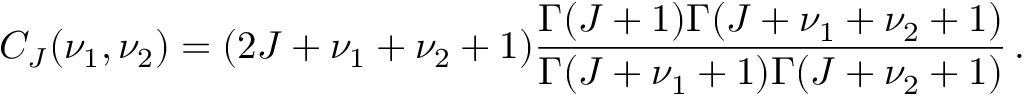
C _ { J } ( \nu _ { 1 } , \nu _ { 2 } ) = ( 2 J + \nu _ { 1 } + \nu _ { 2 } + 1 ) \frac { { \mit \Gamma } ( J + 1 ) { \mit \Gamma } ( J + \nu _ { 1 } + \nu _ { 2 } + 1 ) } { { \mit \Gamma } ( J + \nu _ { 1 } + 1 ) { \mit \Gamma } ( J + \nu _ { 2 } + 1 ) } \, .